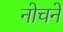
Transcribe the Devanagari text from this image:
नोचने